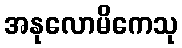
အနုလောမိကေသု